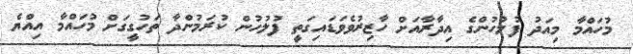
މުހައްމާ މިއަދު ފުލުހުންގެ އިދާރާއަށް ހާޒިރުވެވަޑައިގަތީ ފުލުހުން ކުރަމުންދާ ތަހުގީގަށް މުހައްމާ އިއްޔެ